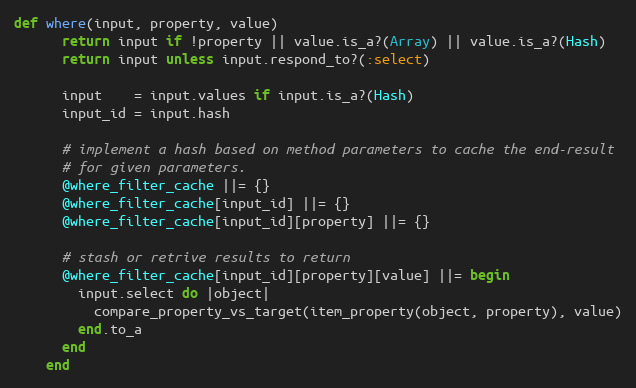
Language: Ruby
def where(input, property, value)
      return input if !property || value.is_a?(Array) || value.is_a?(Hash)
      return input unless input.respond_to?(:select)

      input    = input.values if input.is_a?(Hash)
      input_id = input.hash

      # implement a hash based on method parameters to cache the end-result
      # for given parameters.
      @where_filter_cache ||= {}
      @where_filter_cache[input_id] ||= {}
      @where_filter_cache[input_id][property] ||= {}

      # stash or retrive results to return
      @where_filter_cache[input_id][property][value] ||= begin
        input.select do |object|
          compare_property_vs_target(item_property(object, property), value)
        end.to_a
      end
    end